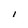
Character: i